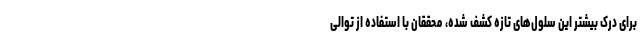
برای درک بیشتر این سلول‌های تازه کشف شده، محققان با استفاده از توالی